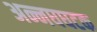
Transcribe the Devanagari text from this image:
अन्नघघटक